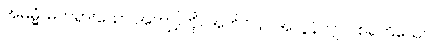
အဓမ္မံ၊ မတရားသော အကျင့်ကို။ အတိဝိယ၊ အလွန်လျှင်။ စရတိယေဝ၊